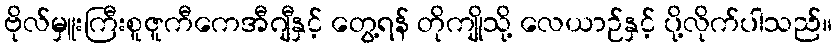
ဗိုလ်မှူးကြီးစူဇူကီကေအီဂျီနှင့် တွေ့ရန် တိုကျိုသို့ လေယာဉ်နှင့် ပို့လိုက်ပါသည်။